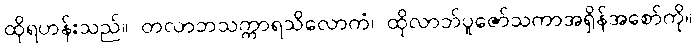
ထိုရဟန်းသည်။ တလာဘသက္ကာရသိလောကံ၊ ထိုလာဘ်ပူဇော်သကာအရှိန်အစော်ကို။